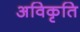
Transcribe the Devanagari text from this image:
अविकृति